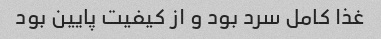
غذا کامل سرد بود و از کیفیت پایین بود